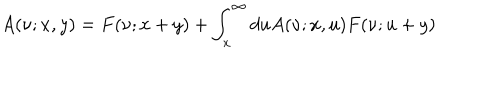
A ( \nu ; x , y ) = F ( \nu ; x + y ) + \int _ { x } ^ { \infty } d u A ( \nu ; x , u ) F ( \nu ; u + y )